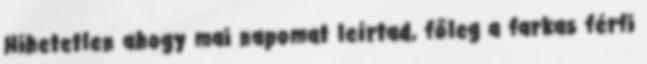
Hihetetlen ahogy mai napomat leírtad, főleg a farkas férfi